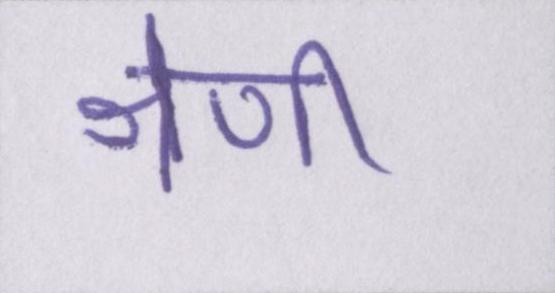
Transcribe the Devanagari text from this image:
श्रेणी